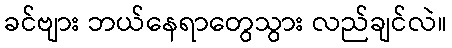
ခင်ဗျား ဘယ်နေရာတွေသွား လည်ချင်လဲ။